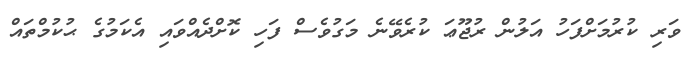
ވަރި ކުރުމަށްފަހު އަލުން ރުޖޫޢަ ކުރެވޭނެ މަގުވެސް ފަހި ކޮށްދެއްވައި އެކަމުގެ ޙުކުމްތައް